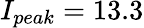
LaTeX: I_{peak}=13.3